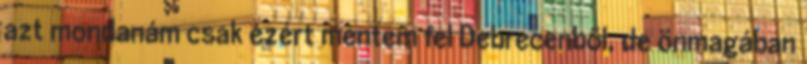
azt mondanám csak ezért mentem fel Debrecenből, de önmagában